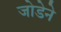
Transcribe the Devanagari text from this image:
जोडेने